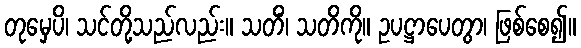
တုမှေပိ၊ သင်တို့သည်လည်း။ သတိံ၊ သတိကို။ ဥပဋ္ဌာပေတွာ၊ ဖြစ်စေ၍။